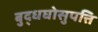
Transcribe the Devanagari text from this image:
बुद्धघोसुपत्ति